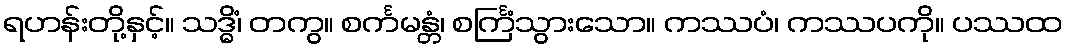
ရဟန်းတို့နှင့်။ သဒ္ဓိံ၊ တကွ။ စင်္ကမန္တံ၊ စင်္ကြံသွားသော။ ကဿပံ၊ ကဿပကို။ ပဿထ